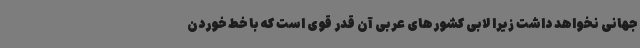
جهانی نخواهد داشت زیرا لابی کشورهای عربی آن قدر قوی است که با خط خوردن